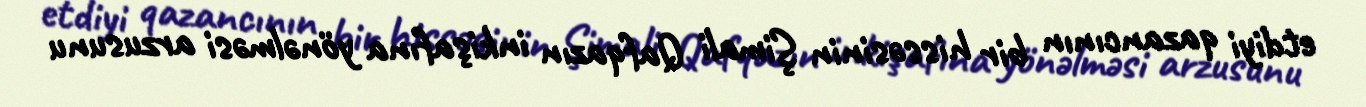
etdiyi qazancının bir hissəsinin Şimali Qafqazın inkişafına yönəlməsi arzusunu